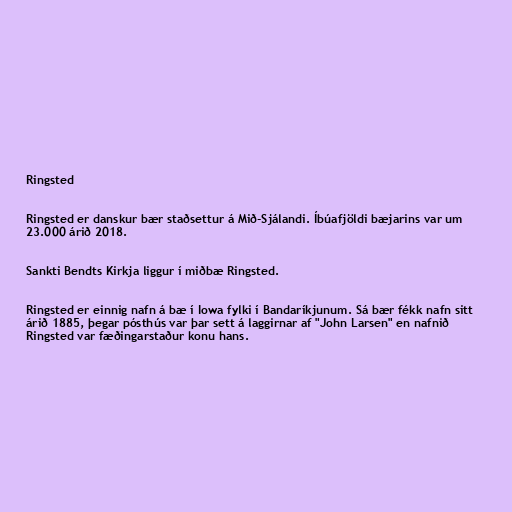
Ringsted

Ringsted er danskur bær staðsettur á Mið-Sjálandi. Íbúafjöldi bæjarins var um
23.000 árið 2018.

Sankti Bendts Kirkja liggur í miðbæ Ringsted.

Ringsted er einnig nafn á bæ í Iowa fylki í Bandaríkjunum. Sá bær fékk nafn sitt
árið 1885, þegar pósthús var þar sett á laggirnar af "John Larsen" en nafnið
Ringsted var fæðingarstaður konu hans.